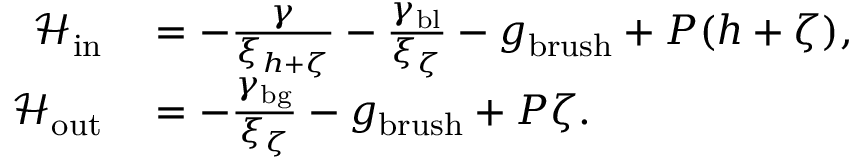
\begin{array} { r l } { \mathcal { H } _ { \mathrm { i n } } } & { { } = - \frac { \gamma } { \xi _ { h + \zeta } } - \frac { \gamma _ { \mathrm { b l } } } { \xi _ { \zeta } } - g _ { \mathrm { b r u s h } } + P ( h + \zeta ) , } \\ { \mathcal { H } _ { \mathrm { o u t } } } & { { } = - \frac { \gamma _ { \mathrm { b g } } } { \xi _ { \zeta } } - g _ { \mathrm { b r u s h } } + P \zeta . } \end{array}